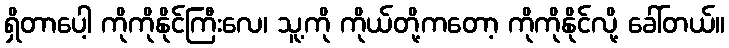
ရှိတာပေါ့ ကိုကိုနိုင်ကြီးလေ၊ သူ့ကို ကိုယ်တို့ကတော့ ကိုကိုနိုင်လို့ ခေါ်တယ်။